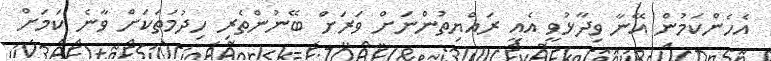
އެހެންކަމުން އޭނާ ވިދާޅުވީ އެއީ ރައްޔިތުންނަށް ވަރަށް ބޭނުންތެރި ހިދުމަތަކަށް ވާނެ ކަމަށް